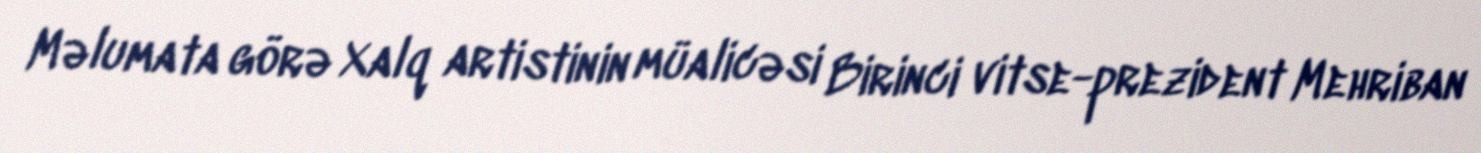
Məlumata görə Xalq artistinin müalicəsi Birinci vitse-prezident Mehriban